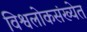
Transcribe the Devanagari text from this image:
विश्वलोकसंख्येत